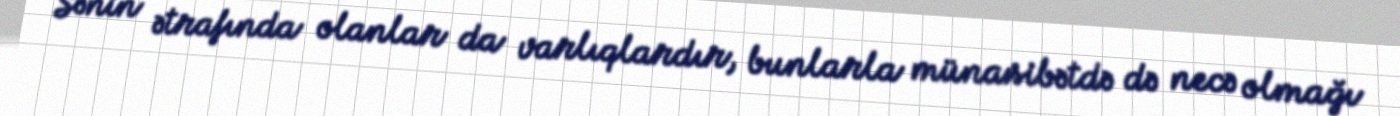
Sənin ətrafında olanlar da varlıqlardır, bunlarla münasibətdə də necə olmağı